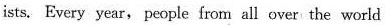
ists. Every year,people from all over the world